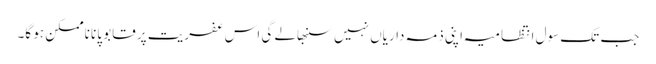
جب تک سول انتظامیہ اپنی ذمہ داریاں نہیں سنبھالے گی اس عفریت پر قابو پانا ناممکن ہو گا۔